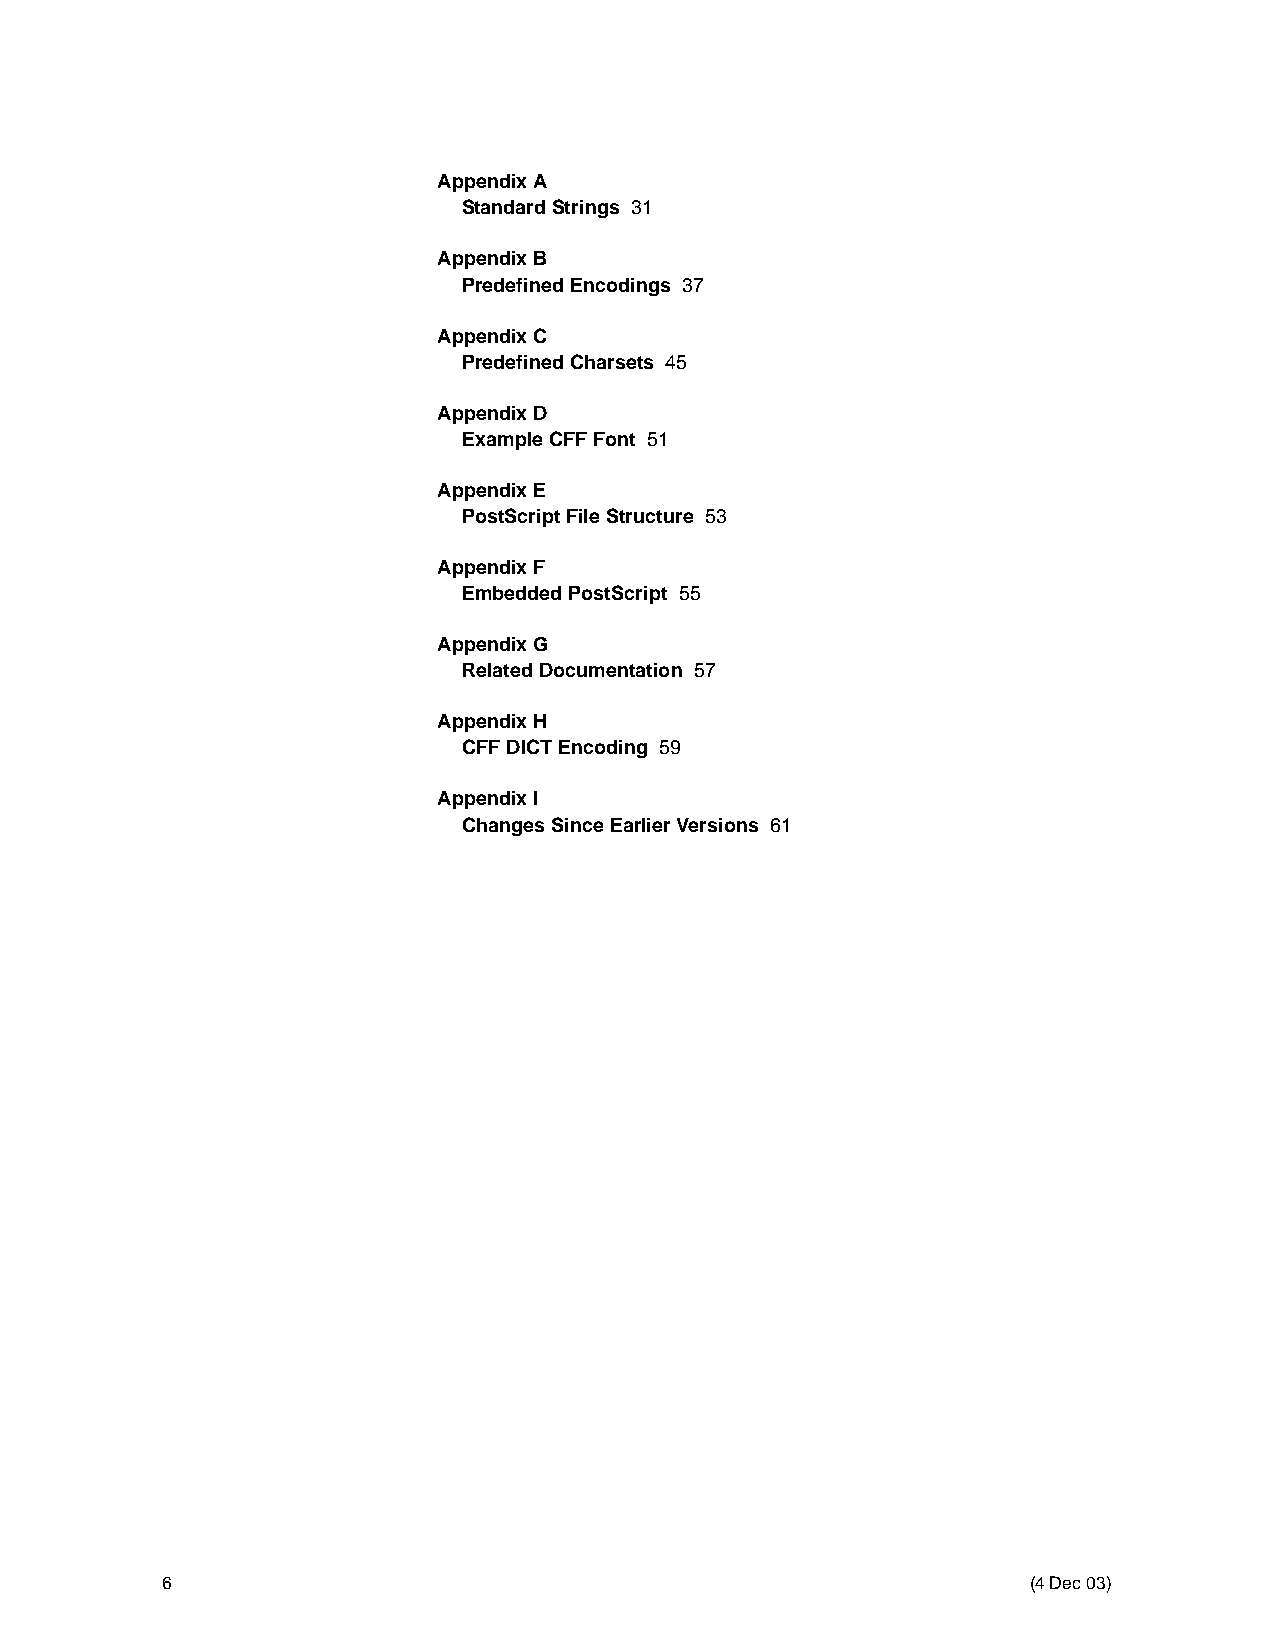
Appendix A
 Standard Strings 31
 Appendix B
 Predefined Encodings 37
 Appendix C
 Predefined Charsets 45
 Appendix D
 Example CFF Font 51
 Appendix E
 PostScript File Structure 53
 Appendix F
 Embedded PostScript 55
 Appendix G
 Related Documentation 57
 Appendix H
 CFF DICT Encoding 59
 Appendix I
 Changes Since Earlier Versions 61
 6                                                        (4 Dec 03)